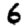
Digit: 6